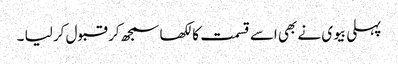
پہلی بیوی نے بھی اسے قسمت کا لکھا سمجھ کر قبول کر لیا ۔